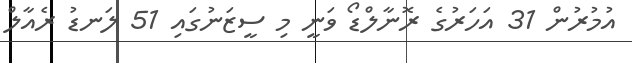
އުމުރުން 31 އަހަރުގެ ރޮނާލްޑޯ ވަނީ މި ސީޒަނުގައި 51 ލަނޑު ރެއާލް